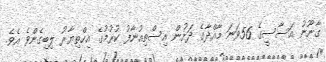
ގާނޫނު އަސާސީގެ 56ވަނަ މާއްދާގެ ދަށުން އިސްތިއުނާފު ކުރުމުގެ އިހްތިޔާރު ލިބިގެންވެ އެވެ.